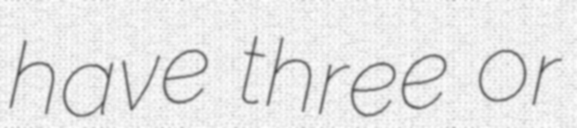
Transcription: have three or